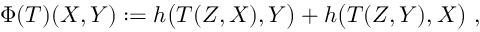
\Phi ( T ) ( X , Y ) : = h \bigl ( T ( Z , X ) , Y \bigr ) + h \bigl ( T ( Z , Y ) , X \bigr ) \ ,